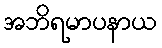
အဘိရမာပနာယ